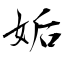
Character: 姤